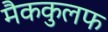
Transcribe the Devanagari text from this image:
मैककुलफ